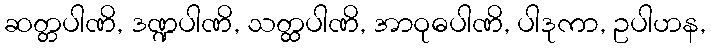
ဆတ္တပါဏိ, ဒဏ္ဍပါဏိ, သတ္ထပါဏိ, အာဝုဓပါဏိ, ပါဒုကာ, ဥပါဟန,